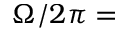
\Omega / 2 \pi =